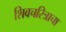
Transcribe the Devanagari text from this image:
शिवचरित्राचा